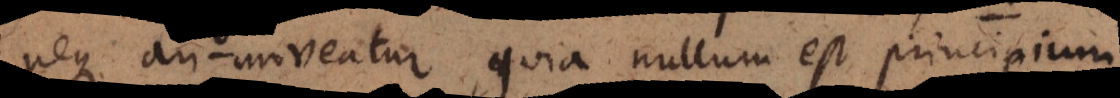
neque an moveatur, quia nullum est principium